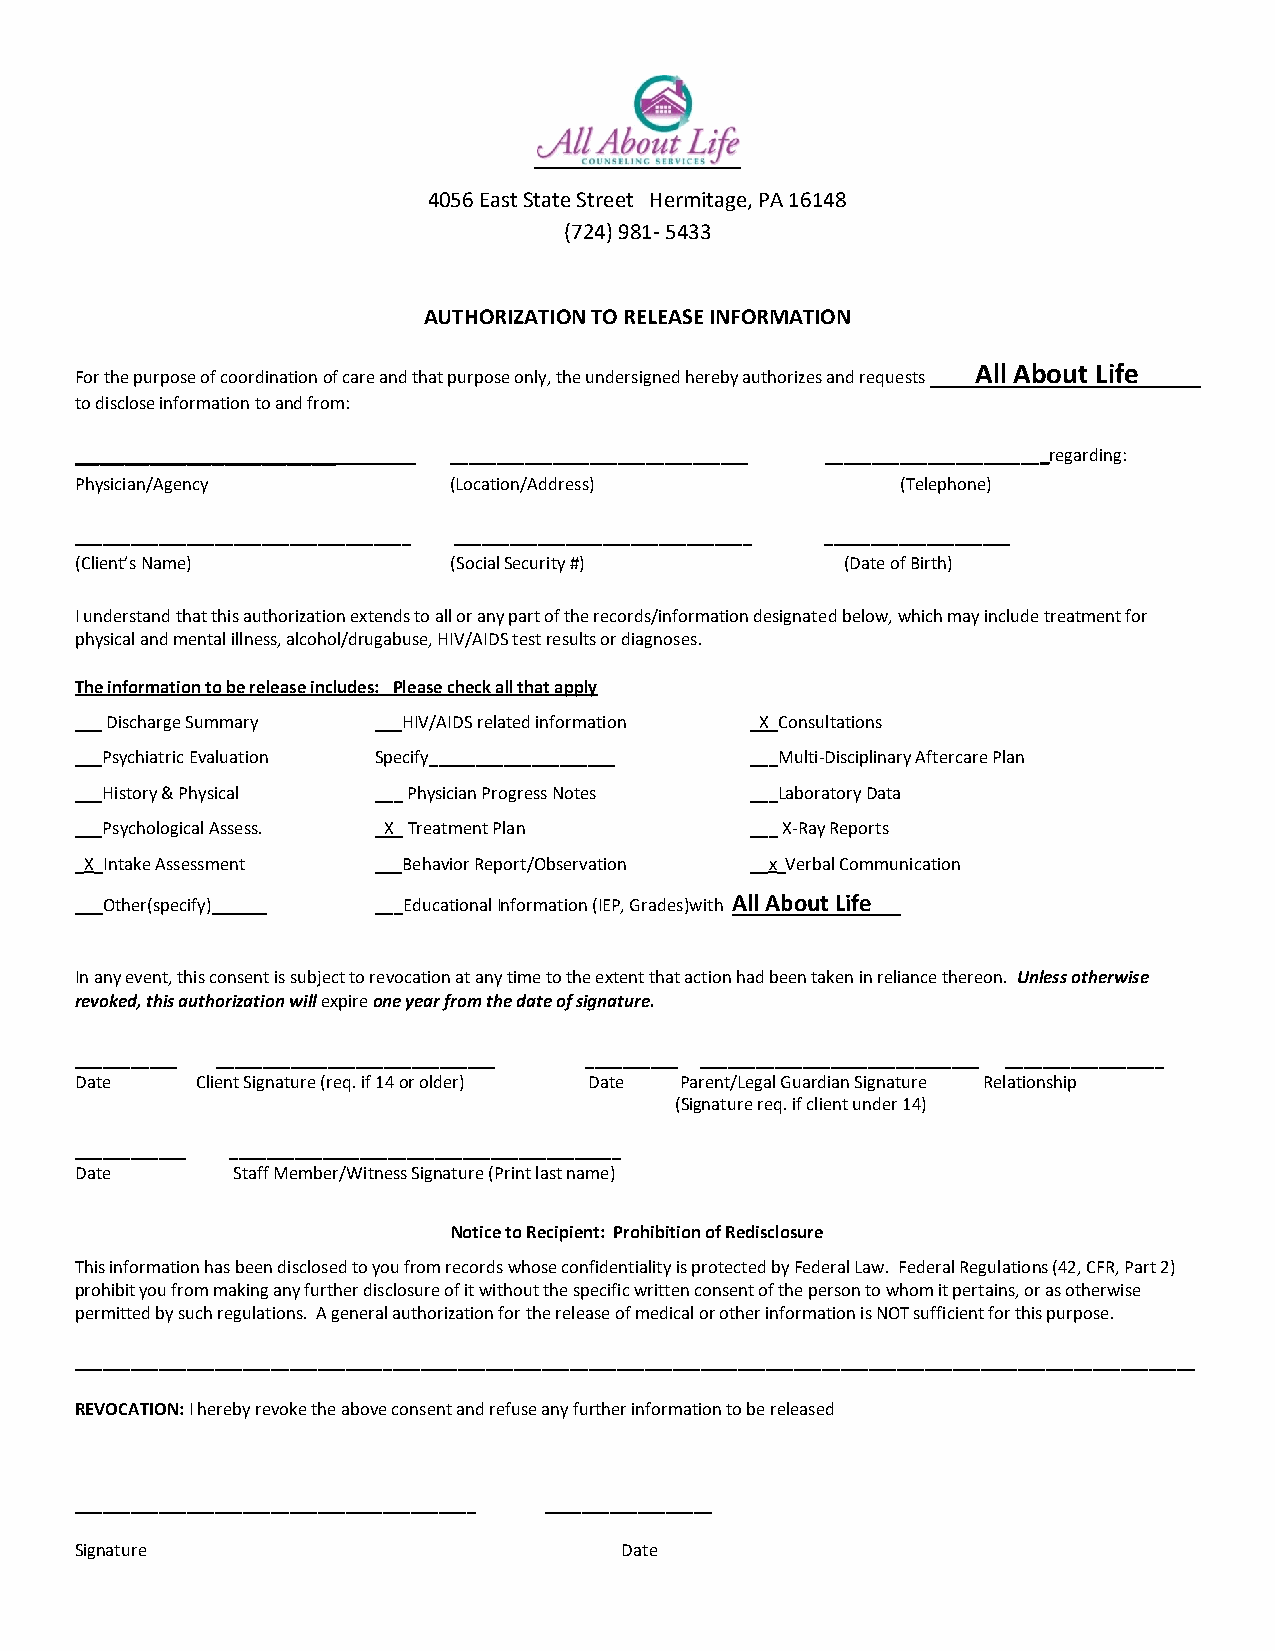
4056 East State Street Hermitage, PA 16148
 (724) 981- 5433
 AUTHORIZATION TO RELEASE INFORMATION
 All About Life
 For the purpose of coordination of care and that purpose only, the undersigned hereby authorizes and requests
 to disclose information to and from:
 _____________________    ________________________________ ________________________regarding:
 Physician/Agency         (Location/Address)            (Telephone)
 ____________________________________ ________________________________ ____________________
 (Client’s Name)          (Social Security #)       (Date of Birth)
 I understand that this authorization extends to all or any part of the records/information designated below, which may include treatment for
 physical and mental illness, alcohol/drugabuse, HIV/AIDS test results or diagnoses.
 The information to be release includes: Please check all that apply
 ___ Discharge Summary ___HIV/AIDS related information _X_Consultations
 ___Psychiatric Evaluation Specify____________________ ___Multi-Disciplinary Aftercare Plan
 ___History & Physical ___ Physician Progress Notes ___Laboratory Data
 ___Psychological Assess. _X_ Treatment Plan  ___ X-Ray Reports
 _X_Intake Assessment ___Behavior Report/Observation __x_Verbal Communication
 ___Other(specify) ____ ___Educational Information (IEP, Grades)with All About Life
 In any event, this consent is subject to revocation at any time to the extent that action had been taken in reliance thereon. Unless otherwise
 revoked, this authorization will expire one year from the date of signature.
 ___________ ______________________________ __________ ______________________________ _________________
 Date    Client Signature (req. if 14 or older) Date Parent/Legal Guardian Signature Relationship
 (Signature req. if client under 14)
 ____________ __________________________________________
 Date      Staff Member/Witness Signature (Print last name)
 Notice to Recipient: Prohibition of Redisclosure
 This information has been disclosed to you from records whose confidentiality is protected by Federal Law. Federal Regulations (42, CFR, Part 2)
 prohibit you from making any further disclosure of it without the specific written consent of the person to whom it pertains, or as otherwise
 permitted by such regulations. A general authorization for the release of medical or other information is NOT sufficient for this purpose.
 ________________________________________________________________________________________________________________________
 REVOCATION: I hereby revoke the above consent and refuse any further information to be released
 ___________________________________________ __________________
 Signature                           Date